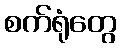
စက်ရုံတွေ